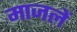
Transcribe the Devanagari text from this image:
माजलें